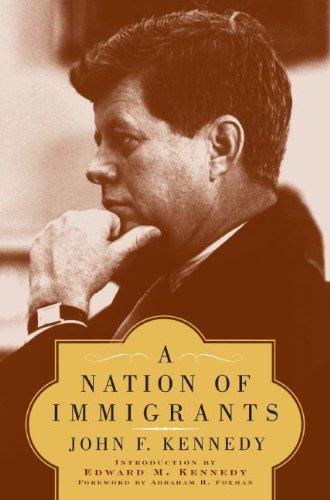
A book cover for A Nation of Immigrants; John F. Kennedy; History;